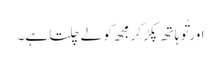
اور تُو ہا تھ پکڑ کر مجھ کو لے چلتا ہے۔